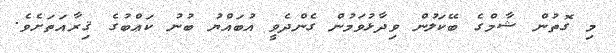
މި ގޮތުން ޝާމްގެ ބޭކަލުން ވިދާޅުވަމުން ގެންދެވީ އުބައްޔު ބުނު ކަޢްބުގެ ޤިރާއަތަށެވެ.